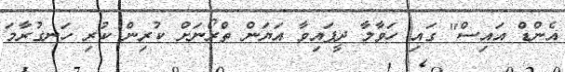
އެންޑް އައިސް" ގައި ހަވާލާ ދީފައިވާ އަޔަން ތްރޯނަށް ކުރިން ކުރި ހަނގުރާމަ